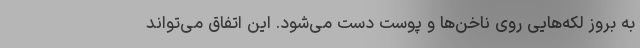
به بروز لکه‌هایی روی ناخن‌ها و پوست دست می‌شود. این اتفاق می‌تواند